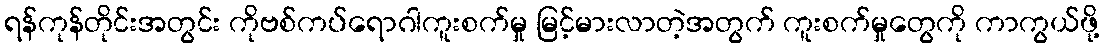
ရန်ကုန်တိုင်းအတွင်း ကိုဗစ်ကပ်ရောဂါကူးစက်မှု မြင့်မားလာတဲ့အတွက် ကူးစက်မှုတွေကို ကာကွယ်ဖို့